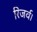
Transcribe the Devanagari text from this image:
रिजर्व।